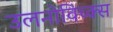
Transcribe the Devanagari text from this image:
उलनोविच्क्स